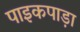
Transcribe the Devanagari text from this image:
पाइकपाड़ा